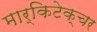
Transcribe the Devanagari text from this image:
मार्किटेक्चर